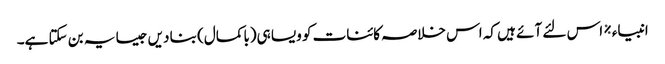
انبیاء ٪ اس لئے آئے ہیں کہ اس خلاصہ کائنات کو ویسا ہی(باکمال) بنا دیں جیسا یہ بن سکتا ہے۔